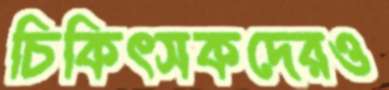
চিকিৎসকদেরও